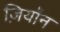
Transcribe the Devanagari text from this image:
ज़ियॉन